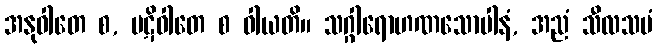
အနုဝါတေ စ, ပဋိဝါတေ စ ဝါယတိ။ သဂ္ဂါရောဟဏသောပါနံ, အညံ သီလသမံ